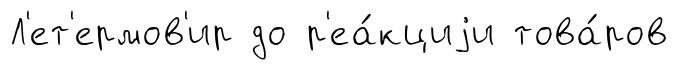
Л'ет'ермов'ир до р'еа́кциjи това́ров